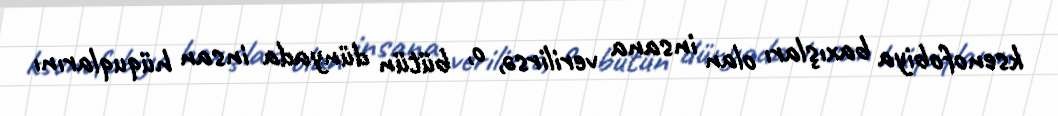
ksenofobiya baxışları olan insana verilirsə, o, bütün dünyada insan hüquqlarını